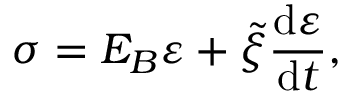
\sigma = E _ { B } \varepsilon + \tilde { \xi } \frac { \mathrm { d } \varepsilon } { \mathrm { d } t } ,